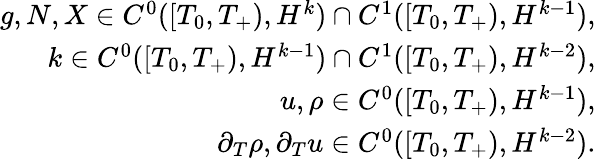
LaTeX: \begin{array}{r}{g,N,X\in C^{0}([T_{0},T_{+}),H^{k})\cap C^{1}([T_{0},T_{+}),H^{k-1}),}\\ {k\in C^{0}([T_{0},T_{+}),H^{k-1})\cap C^{1}([T_{0},T_{+}),H^{k-2}),}\\ {u,\rho\in C^{0}([T_{0},T_{+}),H^{k-1}),}\\ {\partial_{T}\rho,\partial_{T}u\in C^{0}([T_{0},T_{+}),H^{k-2}).}\end{array}